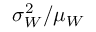
\sigma _ { W } ^ { 2 } / \mu _ { W }